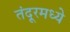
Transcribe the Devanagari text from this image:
तंदूरमध्ये